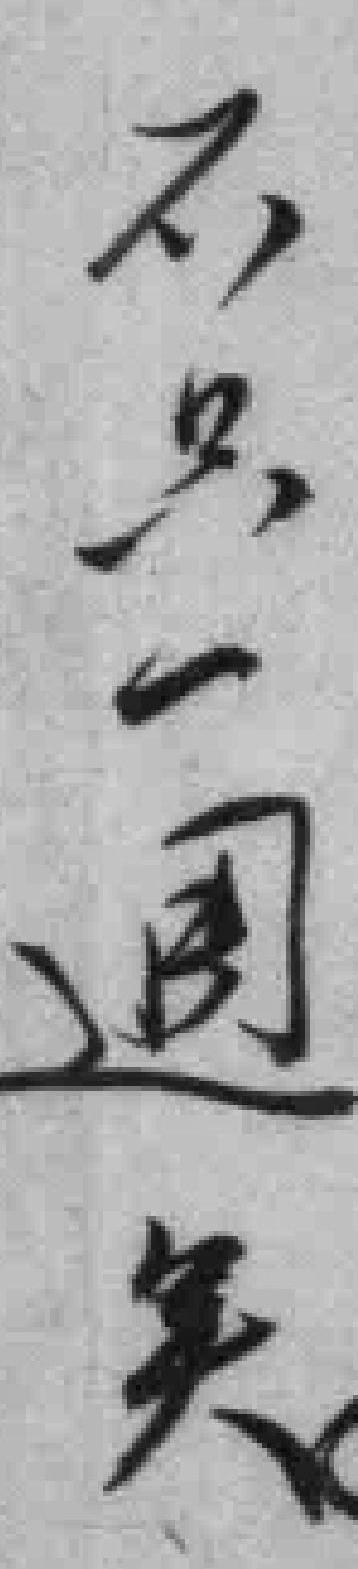
不只一週*